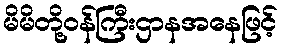
မိမိတို့ဝန်ကြီးဌာနအနေဖြင့်